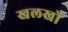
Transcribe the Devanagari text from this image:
खलखो